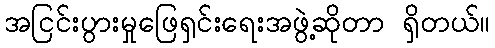
အငြင်းပွားမှုဖြေရှင်းရေးအဖွဲ့ဆိုတာ ရှိတယ်။